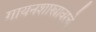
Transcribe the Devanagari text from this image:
गायनशास्त्रावरचे